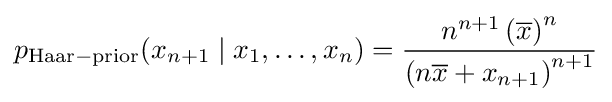
p_{\rm {Haar-prior}}(x_{n+1}\mid x_{1},\ldots ,x_{n})={\frac {n^{n+1}\left({\overline {x}}\right)^{n}}{\left(n{\overline {x}}+x_{n+1}\right)^{n+1}}}